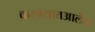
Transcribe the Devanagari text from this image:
करण्यातआलेले